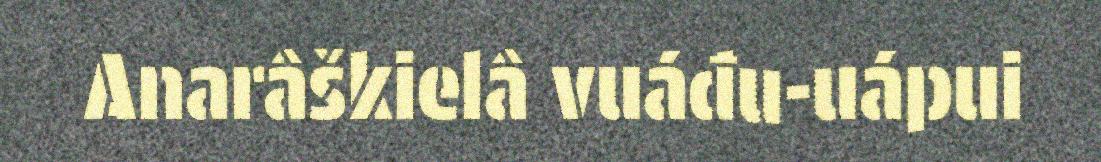
Anarâškielâ vuáđu-uápui